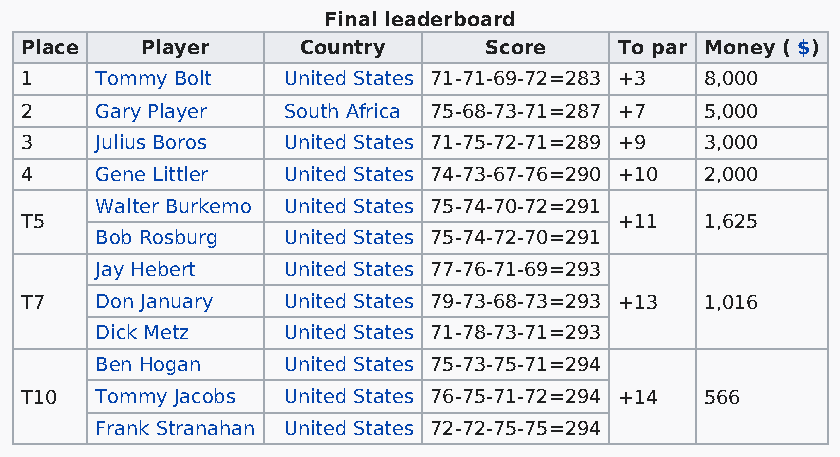
Final leaderboard
 Place   Player     Country     Score    To par Money ( $)
 1    Tommy Bolt   United States 71-71-69-72=283 +3 8,000
 2    Gary Player  South Africa 75-68-73-71=287 +7 5,000
 3    Julius Boros United States 71-75-72-71=289 +9 3,000
 4    Gene Littler United States 74-73-67-76=290 +10 2,000
 Walter Burkemo United States 75-74-70-72=291
 T5                                      +11   1,625
 Bob Rosburg  United States 75-74-72-70=291
 Jay Hebert   United States 77-76-71-69=293
 T7   Don January  United States 79-73-68-73=293 +13 1,016
 Dick Metz    United States 71-78-73-71=293
 Ben Hogan    United States 75-73-75-71=294
 T10  Tommy Jacobs United States 76-75-71-72=294 +14 566
 Frank Stranahan United States 72-72-75-75=294